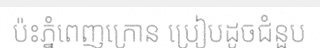
ប៉ះភ្នំពេញក្រោន ប្រៀបដូចជំនួប